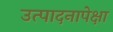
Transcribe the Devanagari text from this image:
उत्पादनापेक्षा